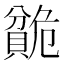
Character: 𬥣